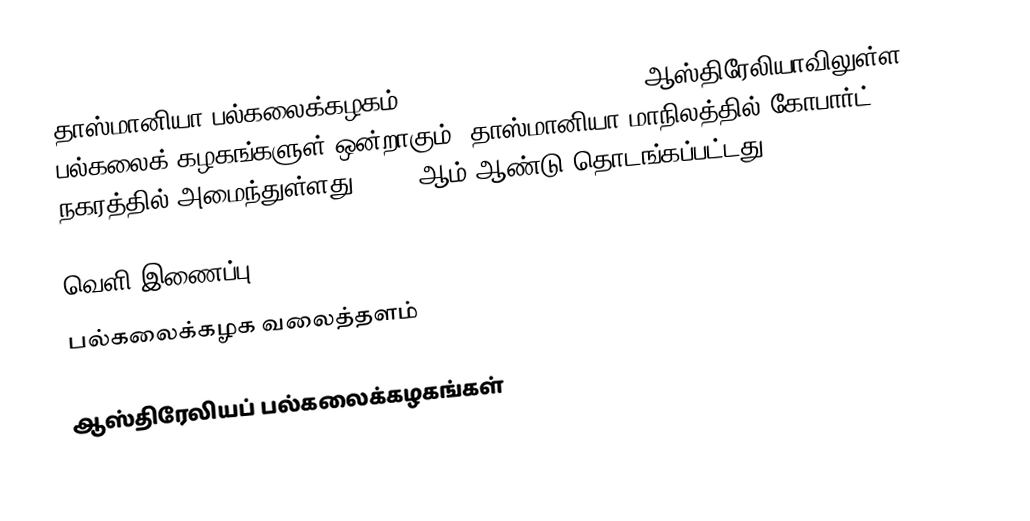
தாஸ்மானியா பல்கலைக்கழகம் (University of Tasmania) ஆஸ்திரேலியாவிலுள்ள பல்கலைக் கழகங்களுள் ஒன்றாகும். தாஸ்மானியா மாநிலத்தில் கோபார்ட் நகரத்தில் அமைந்துள்ளது. 1890 ஆம் ஆண்டு தொடங்கப்பட்டது.

வெளி இணைப்பு
 பல்கலைக்கழக வலைத்தளம்

ஆஸ்திரேலியப் பல்கலைக்கழகங்கள்